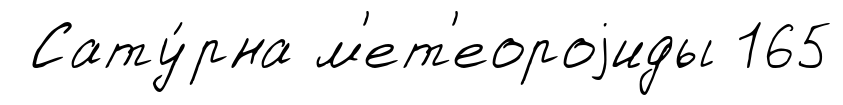
Сату́рна м'ет'еороjиды 165